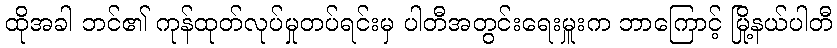
ထိုအခါ ဘင်၏ ကုန်ထုတ်လုပ်မှုတပ်ရင်းမှ ပါတီအတွင်းရေးမှူးက ဘာကြောင့် မြို့နယ်ပါတီ